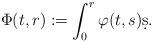
LaTeX: \begin{align*} \Phi(t,r):=\int_0^r \varphi(t,s) \d s.\end{align*}